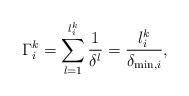
LaTeX: \begin{align*}\Gamma_i^k = \sum_{l=1}^{l_i^k} \frac{1}{\delta^l} =\frac{ l_i^k}{\delta_{\min,i}},\end{align*}